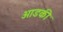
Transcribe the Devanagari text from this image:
ओडकी